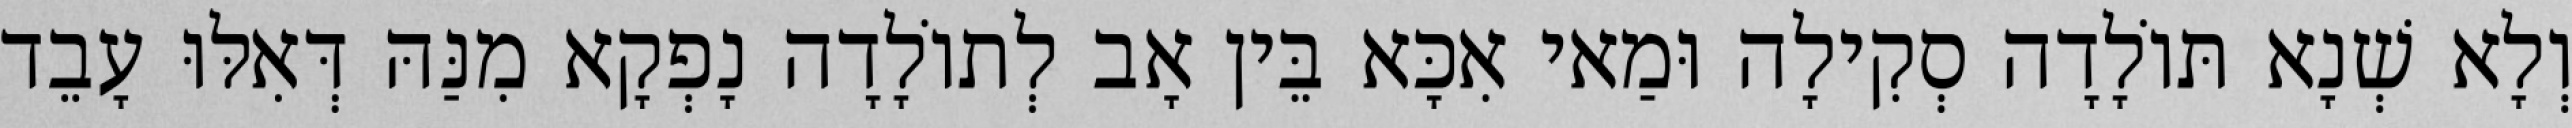
וְלָא שְׁנָא תּוֹלָדָה סְקִילָה וּמַאי אִכָּא בֵּין אָב לְתוֹלָדָה נָפְקָא מִנַּהּ דְּאִלּוּ עָבֵד